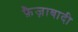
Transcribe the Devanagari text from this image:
फ़ैज़ाबादी